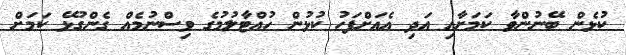
ކުޅެން ބޭނުންވާ ކަމަށާއި އަދި އެއަށްފަހު ކުޅުން ހުއްޓާލުމުގެ ވިސްނުމެއް ގެންގުޅޭ ކަމަށް